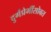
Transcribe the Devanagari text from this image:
दुर्गप्रेमींसोबत